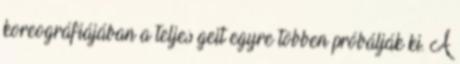
koreográfiájában a teljes geit egyre többen próbálják ki. A